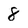
Character: 8